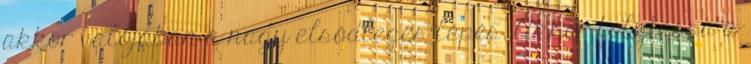
akkor valójában a nagy elsődleges lépés. Akkor folytassa a